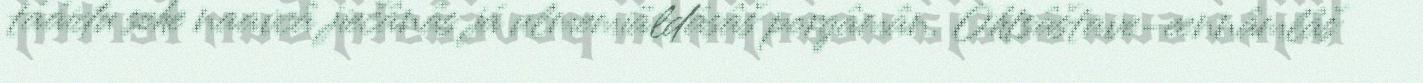
tááiđu sehe naavcâ jiečânâs já ulmemiäldásâš porgâmân. Ohtsâštave-eennâmlâš